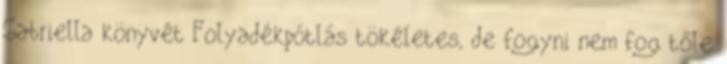
Gabriella könyvét Folyadékpótlás tökéletes, de fogyni nem fog tőle